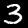
Label: 3